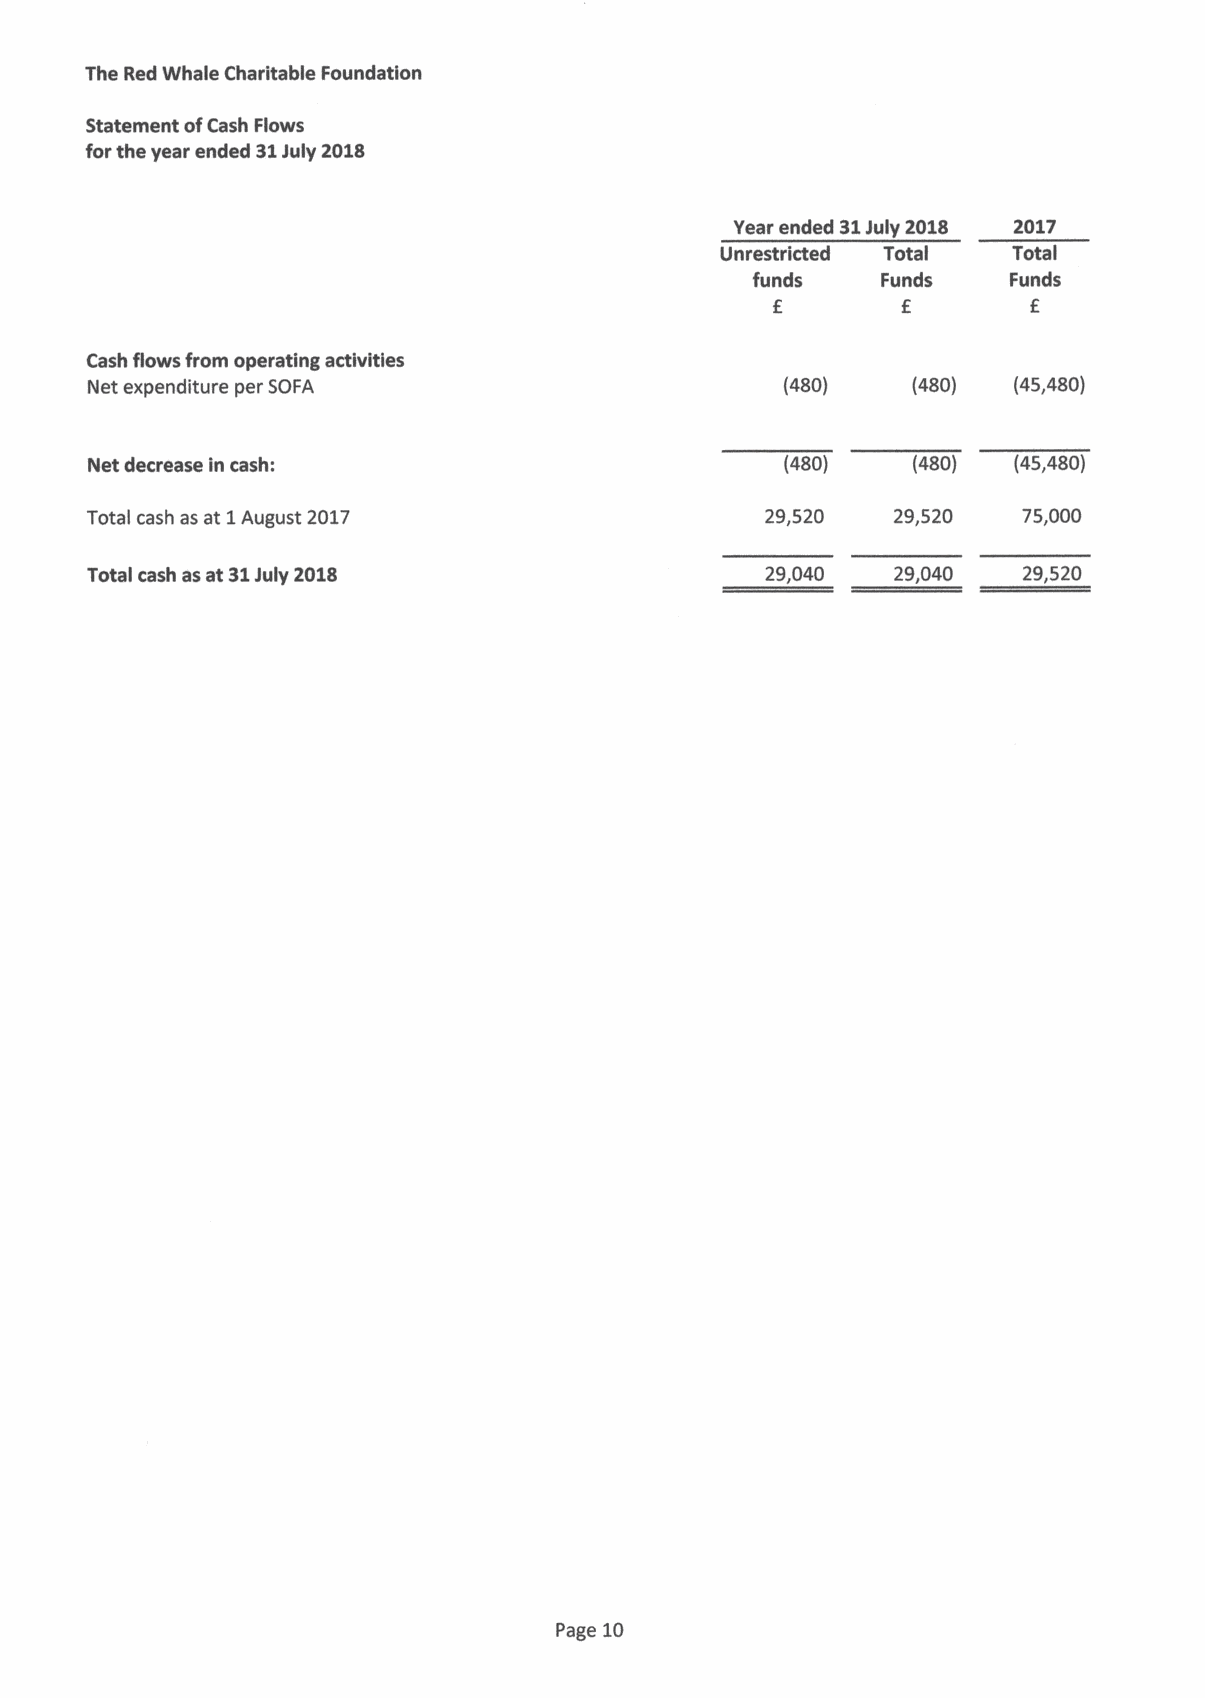
The Red Whale Charitable Foundation
 Statement ofCash Flows
 forthe year ended 31July 2018
 Year ended 31July 2018 2017
 Unrestricted Total Total
 funds   Funds    Funds
 f        f       f
 Cash flows from operating activities
 Net expenditure per SOFA                      (480)   (480)  (45,480)
 Net decrease ln cash:                         (480)   (480)  (45,480)
 Total cash as at 1August 2017                29,520  29,520   75,000
 Total cash asat $1July 2018                  29,040  29,040   29,520
 Page 10